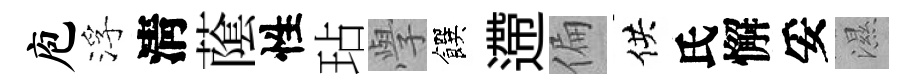
庖浮淸䕃性玷𭓕饌遰偏供氏懈妥濕